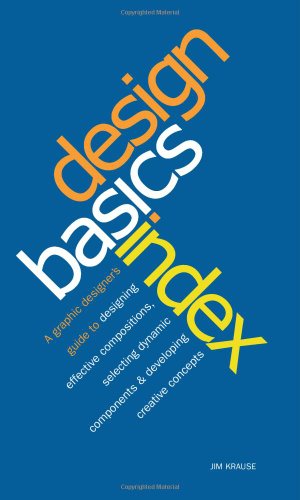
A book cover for Design Basics Index; Jim Krause; Arts & Photography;